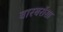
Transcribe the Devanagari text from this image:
बारबरॉसा